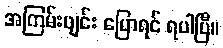
အကြမ်းဖျင်း ပြောရင် ရပါပြီ။